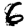
Digit: 6